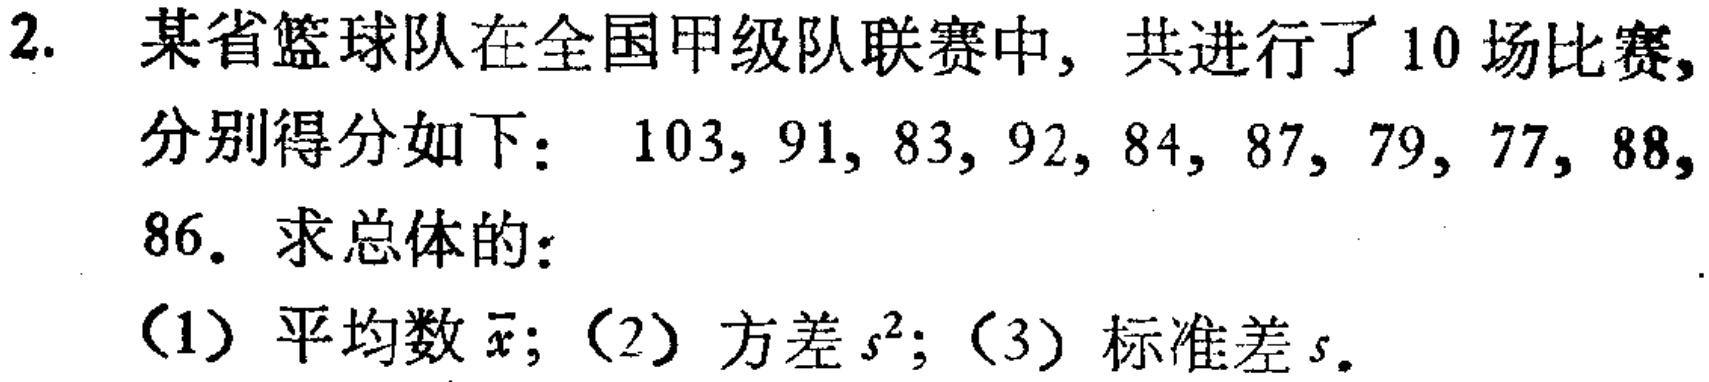
2. 某省篮球队在全国甲级队联赛中，共进行了10场比赛，分别得分如下：\(103, 91, 83, 92, 84, 87, 79, 77, 88, 86\)。求总体的：

（1）平均数\(\bar{x}\)；（2）方差\(s^{2}\)；（3）标准差\(s\)。